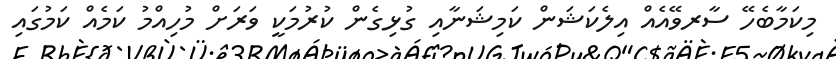
މިކަމާބެހޭ ސާރވޭއެއް އިލެކަޝަން ކަމިޝަނާއި ގުޅިގެން ކުރުމަކީ ވަރަށް މުހިއްމު ކަމެއް ކަމުގައި